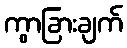
ကွာခြားချက်